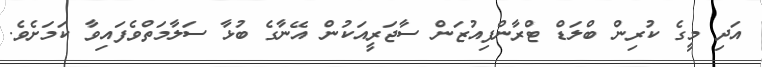
އަދި މީގެ ކުރިން ބްލަޑް ޓްރާންފިއުޒަން ސާޖަރީއަކުން އޭނާގެ ބުޅާ ސަލާމަތްވެފައިވާ ކަމަށެވެ.